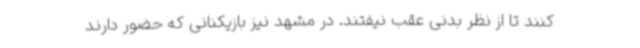
کنند تا از نظر بدنی عقب نیفتند. در مشهد نیز بازیکنانی که حضور دارند